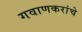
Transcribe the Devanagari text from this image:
गवाणकरांचे